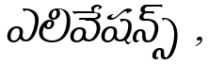
ఎలివేషన్స్ ,